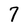
Character: 7